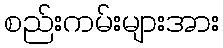
စည်းကမ်းများအား